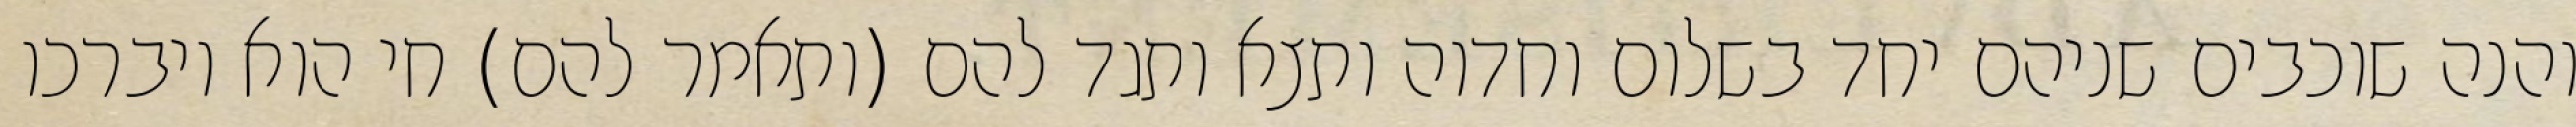
והנה שוכבים שניהם יחד בשלום וחדוה ותצא ותגד להם (ותאמר להם) חי הוא ויברכו